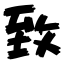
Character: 致